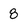
Character: 8